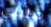
صليني